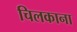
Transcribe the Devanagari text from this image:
चिलकाना